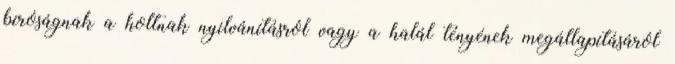
bíróságnak a holtnak nyilvánításról vagy a halál tényének megállapításáról